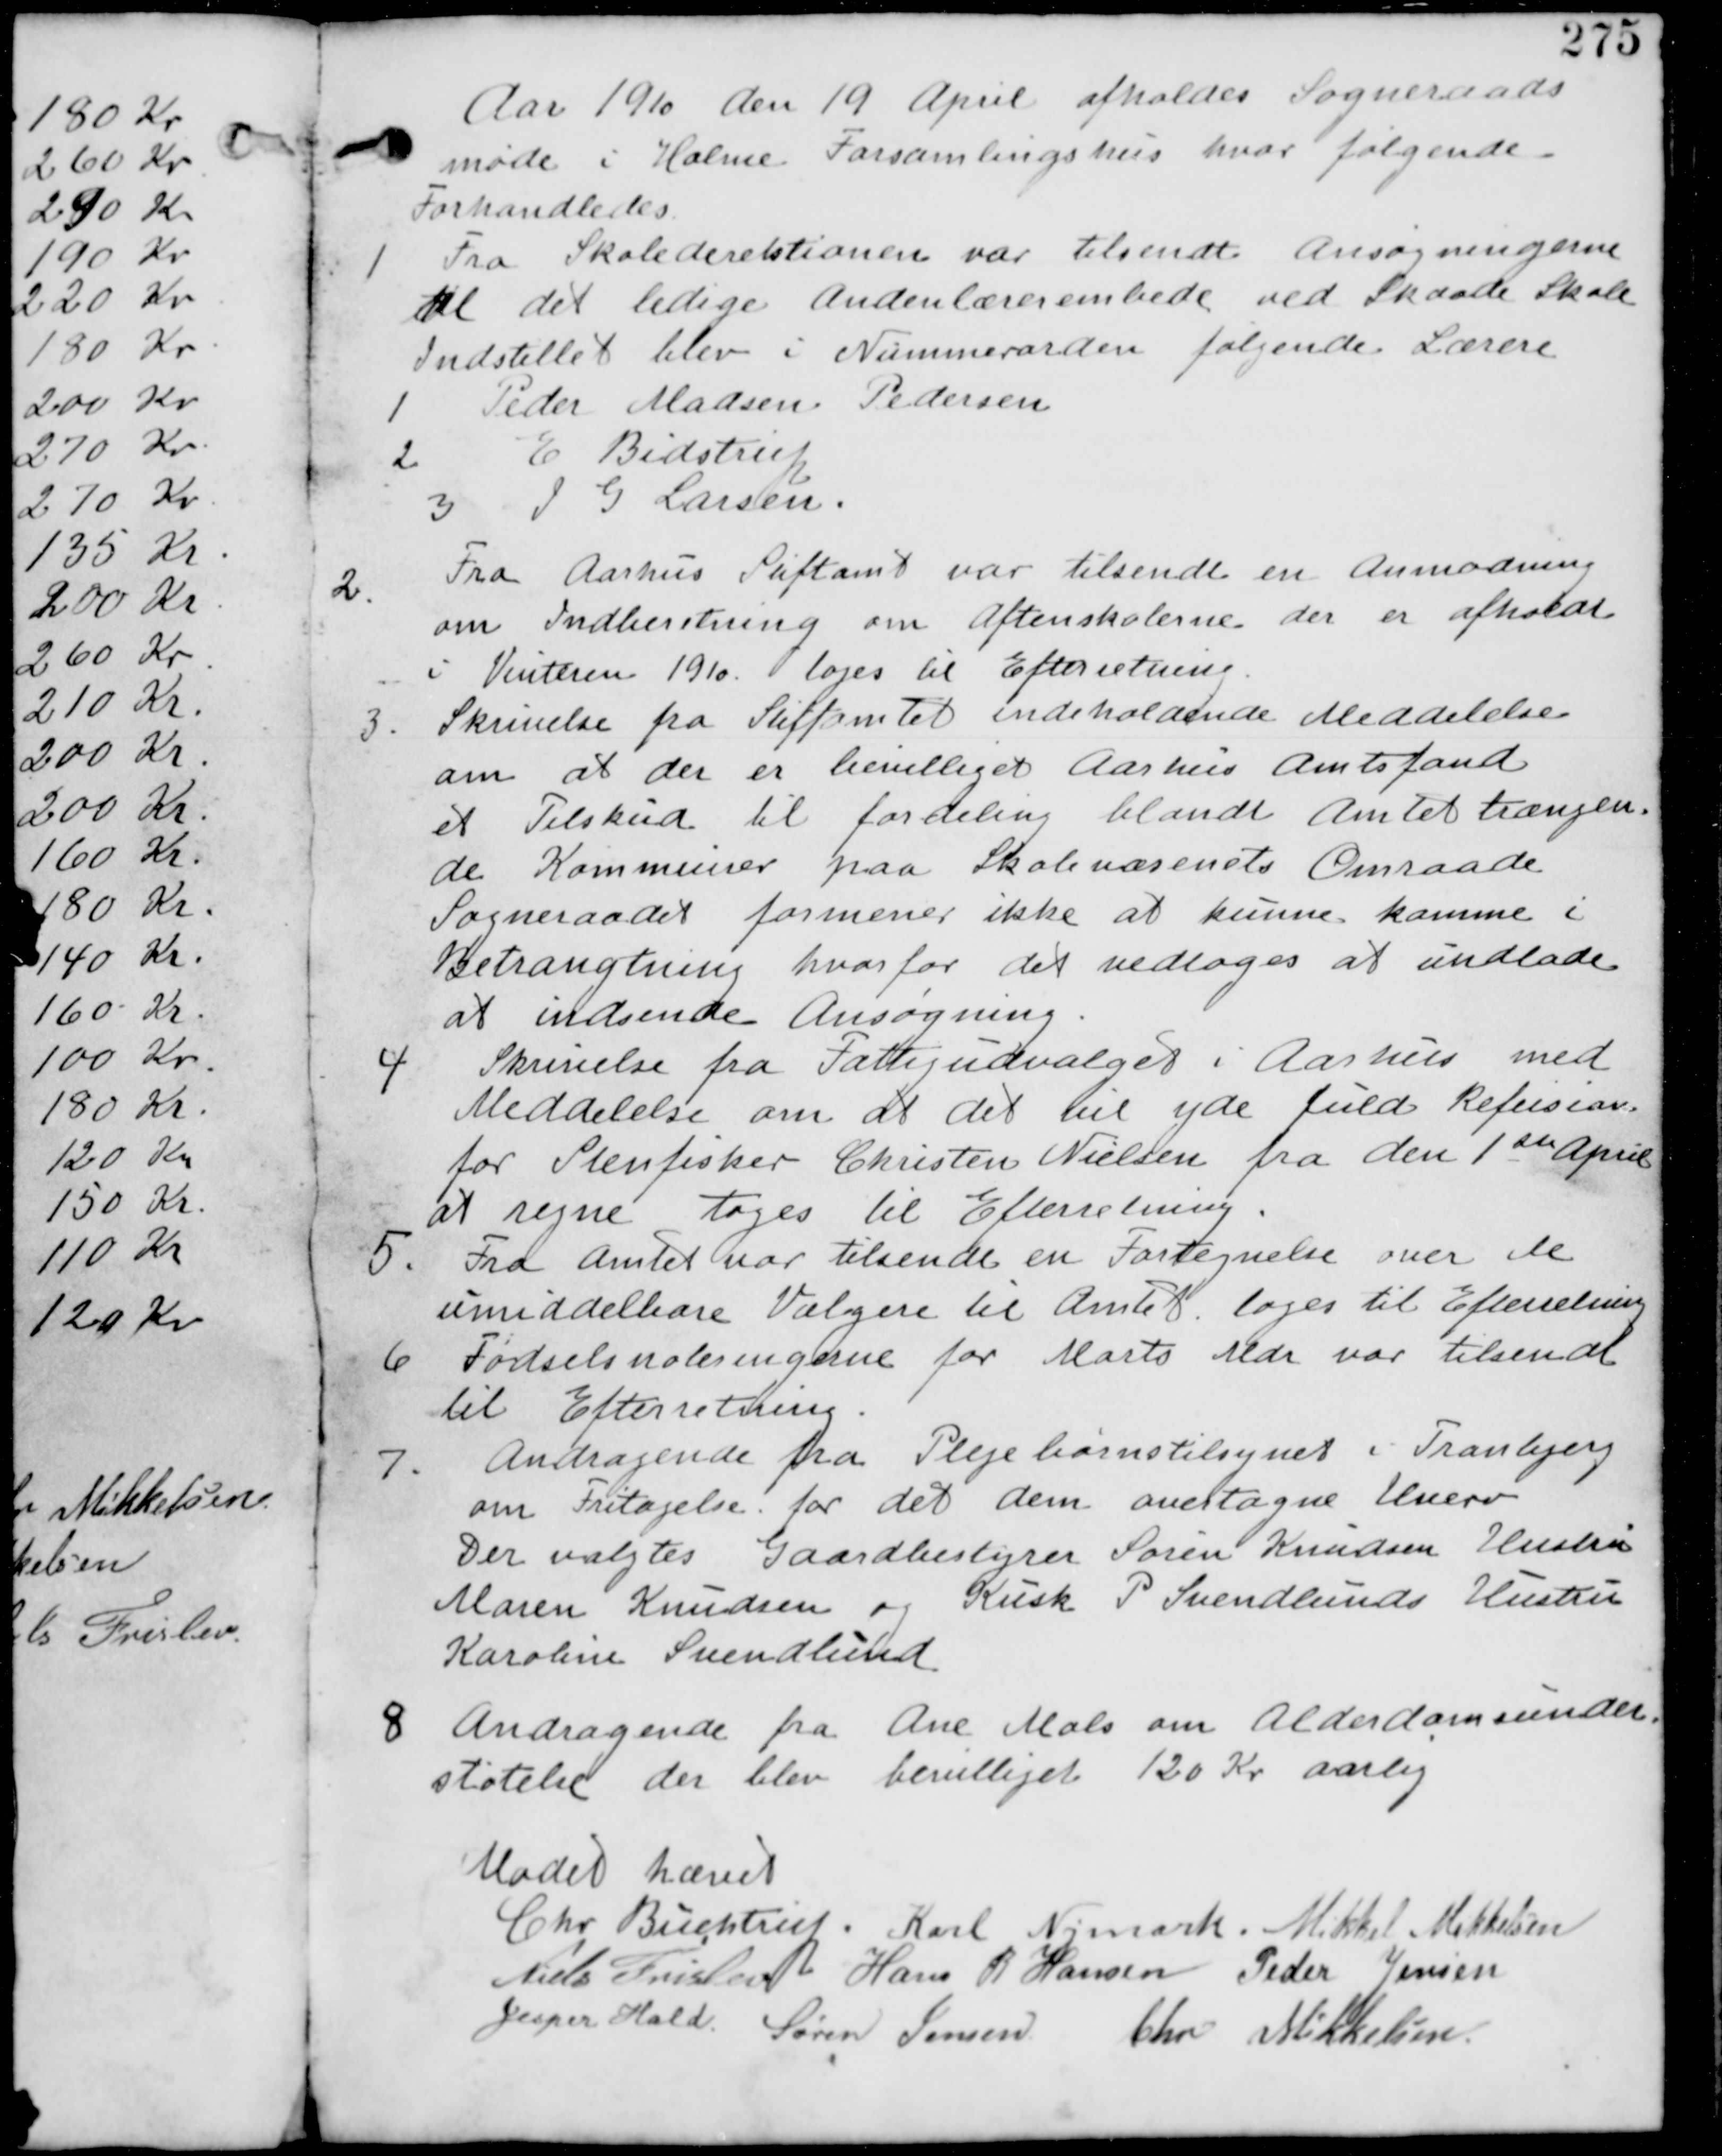
Transskription:
Aar 1910 de 19 April afholdes Sogneraads
møde i Holme Forsamlingshus hvor følgende
Forhandledes.

1. Fra Skoledirektionen var tilsendt Ansøgningerne
til det ledige Andenlærerembede ved Skaade Skole
Indstillet blev i Nummerorden følgende Lærere
1 Peder Madsen Pedersen
2 E Bidstrup
3 J G Larsen.

2.
Fra Aarhus Stiftamt var tilsendt en Anmodning
om Indberetning om Aftenskolerne der er afholdt
i Vinteren 1910 til Efterretning.

3. En skrivelse fra Stiftamtet indeholdende Meddelelse
om at der er bevilliget Aarhus Amtsfond
et Tilskud til fordeling blandt Amtet trængen-
de Kommuner paa Skolevæsenets Omraade
Sogneraadet formener ikke at kunne komme i
Betragtning hvorfor det vedtages at undlade
at indsende Ansøgning.

4
Skrivelse fra Fattigudvalget i Aarhus med
Meddelelse om at det vil yde fuld Refusion
for Stenfisker Christen Nielsen fra de 1ste April
at regne tages til Efterretning.

5. Fra Amtet var tilsendt en Fortegnelse over de
umiddelbare Vælgere til Amtet. tages til Efterretning

6 Fødselsnoteringerne for Marts Mdr var tilsendt
til Efterretning.

7. Andragende fra Plejebørnstilsynet i Tranbjerg
om Fritagelse for det dem overtagne Hverv
Der valgtes Gaardejer Søren Knudsen Hustru
Maren Knudsen og Kusk P Svendlunds Hustru
Karoline Svendlund.

8 Andragende fra Ane Mols om Alderdomsunder-
støtelse der blev bevilliget 120 Kr aarlig

Mødet hævet
Chr Buchtrup. Karl Nymark. Mikkel Mikkelsen
Niels Frislev Hans R Hansen Peder Jensen
Jesper Hald Søren Jensen Chr Mikkelsen